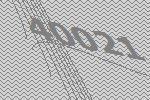
40021